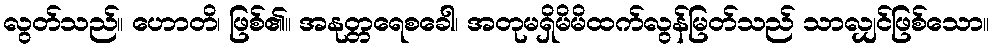
လွတ်သည်။ ဟောတိ၊ ဖြစ်၏။ အနုတ္တရေစခေါ၊ အတုမရှိမိမိထက်လွန်မြတ်သည် သာလျှင်ဖြစ်သော။